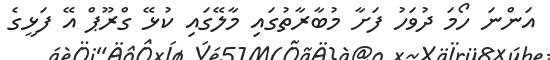
އަންނަ ހޯމަ ދުވަހު ފަށާ މުބާރާތުގައި މާލޭގައި ކުޅޭ ގްރޫޕް އޭ ފަޅީގެ